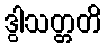
ဒွါသတ္တတိ